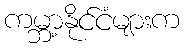
ကမ္ဘာ့နိုင်ငံများက